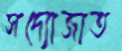
সদ্যোজাত